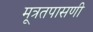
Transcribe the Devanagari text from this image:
मूत्रतपासणी